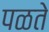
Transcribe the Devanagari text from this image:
पळते